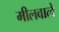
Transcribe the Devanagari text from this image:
मीलवाले